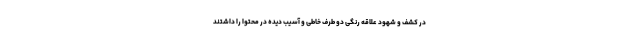
در کشف و شهود علاقه رنگی دو طرف خاطی و آسیب دیده در محتوا را داشتند